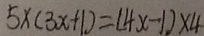
5 \times ( 3 x + 1 ) = ( 4 x - 1 ) \times 4